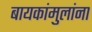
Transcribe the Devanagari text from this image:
बायकांमुलांना